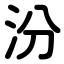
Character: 汾